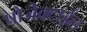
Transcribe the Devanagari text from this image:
प्रोजेक्टाईल